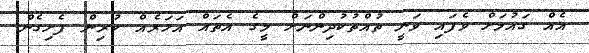
އެއް ގައުމަށް ވެފައި ވަނީ ތުއްތުކުދިންނަށް މީގެ އެތައް އަހަރެއް ކުރިން ފެށިގެން